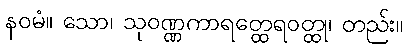
နဝမံ။ သော၊ သုဝဏ္ဏကာရတ္ထေရဝတ္ထု၊ တည်း။